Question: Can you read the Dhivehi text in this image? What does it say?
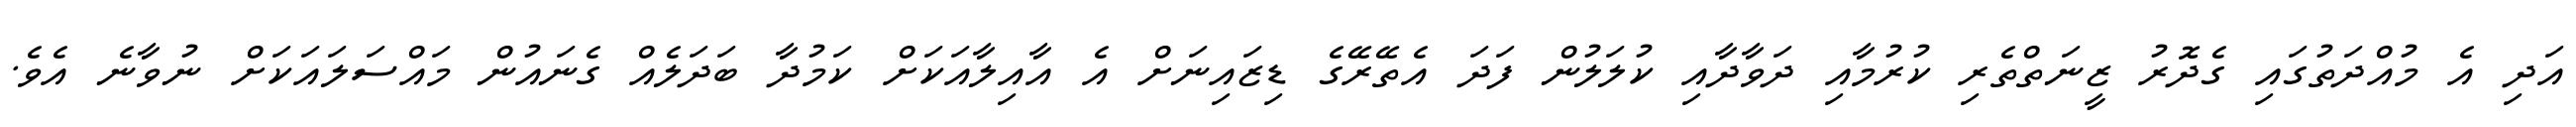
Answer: އަދި އެ މުއްދަތުގައި ގެދޮރު ޒީނަތްތެރި ކުރުމާއި ދަވާދާއި ކުލަލުން ފަދަ އެތޭރޭގެ ޑިޒައިނަށް އެ އާއިލާއަކަށް ކަމުދާ ބަދަލެއް ގެނައުން މައްސަލައަކަށް ނުވާނެ އެވެ.